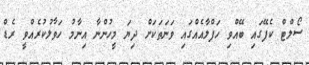
ސޯލްޓް ކެފޭގައި ބޭއްވި ހަފްލާއެއްގައި ވަނަތަކަށް ދިޔަ މީހުންނާ އިނާމު ހަވާލުކުރެއްވީ ރެޑް